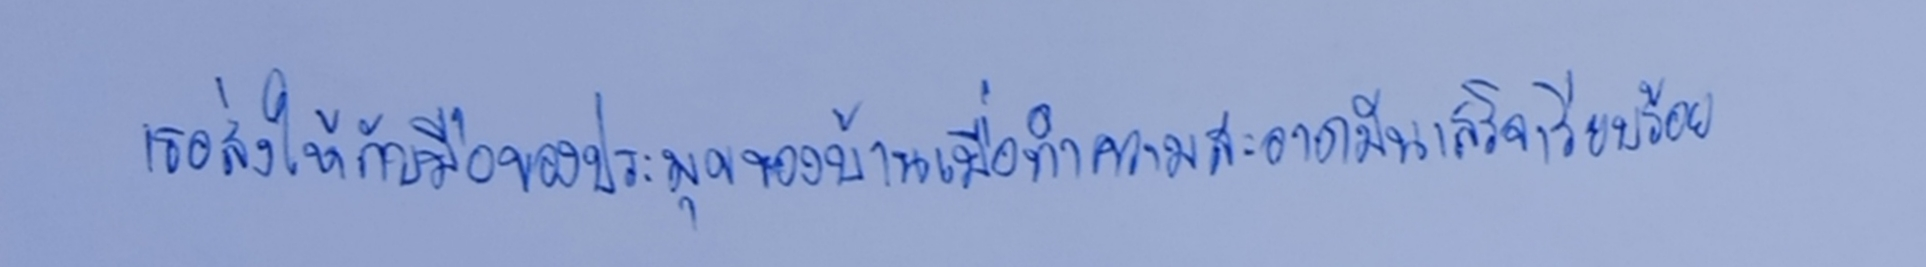
เธอส่งให้กับมือของประมุขของบ้านเมื่อทำความสะอาดมันเสร็จเรียบร้อย